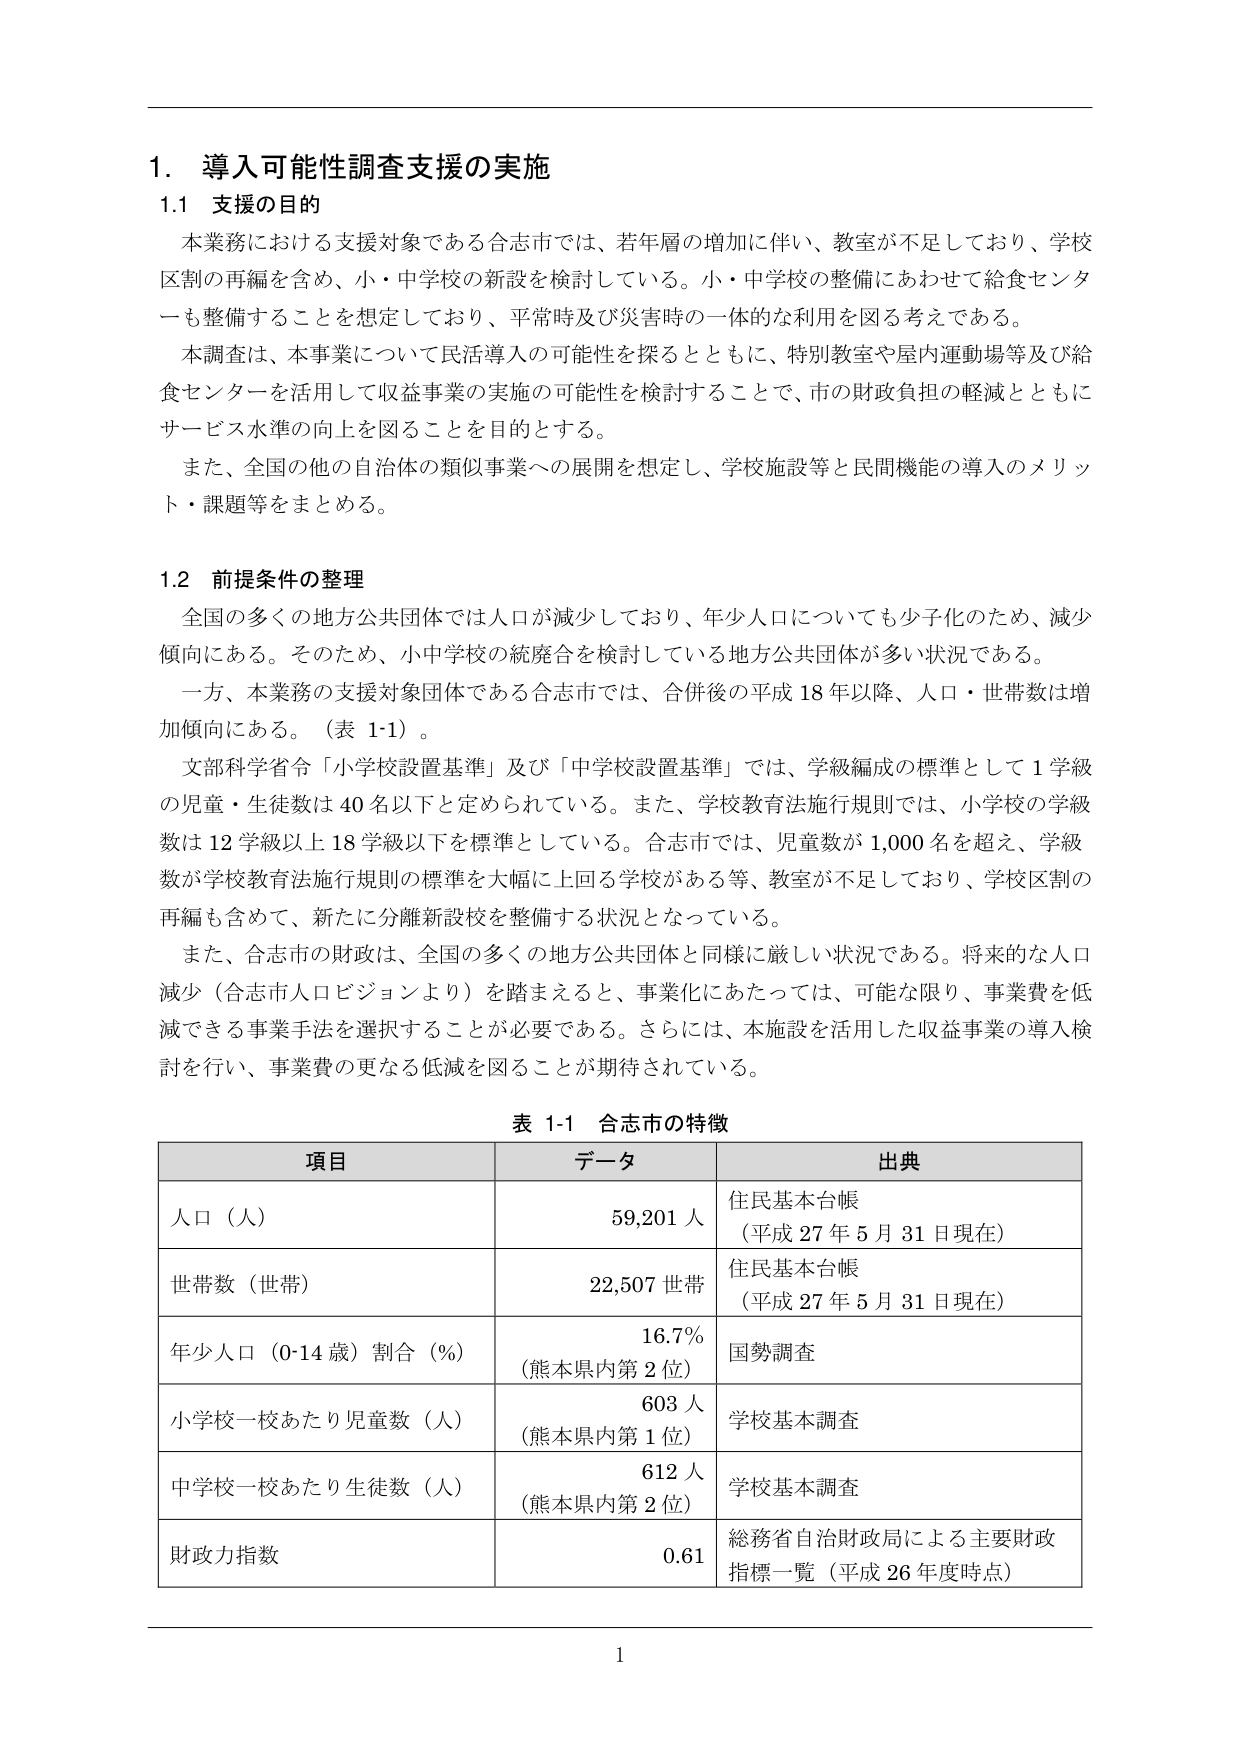
1. 導入可能性調査支援の実施
1.1 支援の目的
本業務における支援対象である合志市では、若年層の増加に伴い、教室が不足しており、学校区制の再編を含め、小・中学校の新設を検討している。小・中学校の整備にあわせて給食センターも整備することを想定しており、平常時及び災害時の一体的な利用を図る考えである。
本調査は、本事業について民活導入の可能性を探るとともに、特別教室や屋内運動場等及び給食センターを活用して収益事業の実施の可能性を検討することで、市の財政負担の軽減とともにサービス水準の向上を図ることを目的とする。
また、全国の他の自治体の類似事業への展開を想定し、学校施設等と民間機能の導入のメリット・課題等をまとめる。

1.2 前提条件の整理
全国の多くの地方公共団体では人口が減少しており、年少人口についても少子化のため、減少傾向にある。そのため、小中学校の統廃合を検討している地方公共団体が多い状況である。
一方、本業務の支援対象団体である合志市では、合併後の平成18年以降、人口・世帯数は増加傾向にある。（表1-1）。
文部科学省令「小学校設置基準」及び「中学校設置基準」では、学級編成の標準として1学級の児童・生徒数は40名以下と定められている。また、学校教育法施行規則では、小学校の学級数は12学級以上18学級以下を標準としている。合志市では、児童数が1,000名を超え、学級数が学校教育法施行規則の標準を大幅に上回る学校がある等、教室が不足しており、学校区制の再編も含めて、新たに分離新設校を整備する状況となっている。
また、合志市の財政は、全国の多くの地方公共団体と同様に厳しい状況である。将来的な人口減少（合志市人口ビジョンより）を踏まえると、事業化にあたっては、可能な限り、事業費を低減できる事業手法を選択することが必要である。さらには、本施設を活用した収益事業の導入検討を行い、事業費の更なる低減を図ることが期待されている。

表1-1 合志市の特徴
項目 データ 出典
人口（人） 59,201人 住民基本台帳（平成27年5月31日現在）
世帯数（世帯） 22,507世帯 住民基本台帳（平成27年5月31日現在）
年少人口（0-14歳）割合（%） 16.7%（熊本県内第2位） 国勢調査
小学校一校あたり児童数（人） 603人（熊本県内第1位） 学校基本調査
中学校一校あたり生徒数（人） 612人（熊本県内第2位） 学校基本調査
財政力指数 0.61 総務省自治財政局による主要財政指標一覧（平成26年度時点）

1